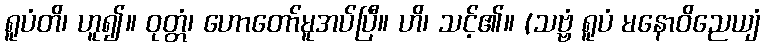
ရူပံတိ၊ ဟူ၍။ ဝုတ္တံ၊ ဟောတော်မူအပ်ပြီ။ ဟိ၊ သင့်၏။ (သဗ္ဗံ ရူပံ မနောဝိညေယျံ